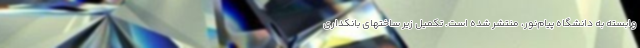
وابسته به دانشگاه پیام‌نور، منتشر شده است. تکمیل زیر ساختهای بانکداری